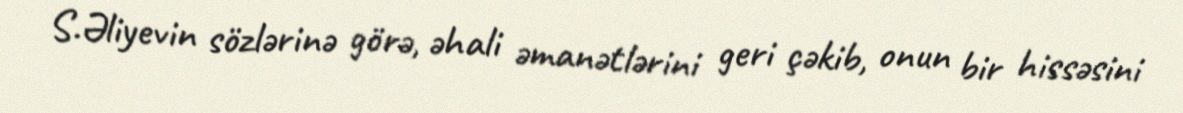
S.Əliyevin sözlərinə görə, əhali əmanətlərini geri çəkib, onun bir hissəsini